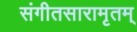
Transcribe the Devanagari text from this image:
संगीतसारामृतम्